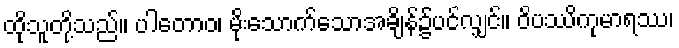
ထိုသူတို့သည်။ ပါတောဝ၊ မိုးသောက်သောအချိန်၌ပင်လျှင်။ ဝိပဿိကုမာရဿ၊